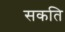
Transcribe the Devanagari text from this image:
सकति